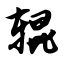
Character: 辊